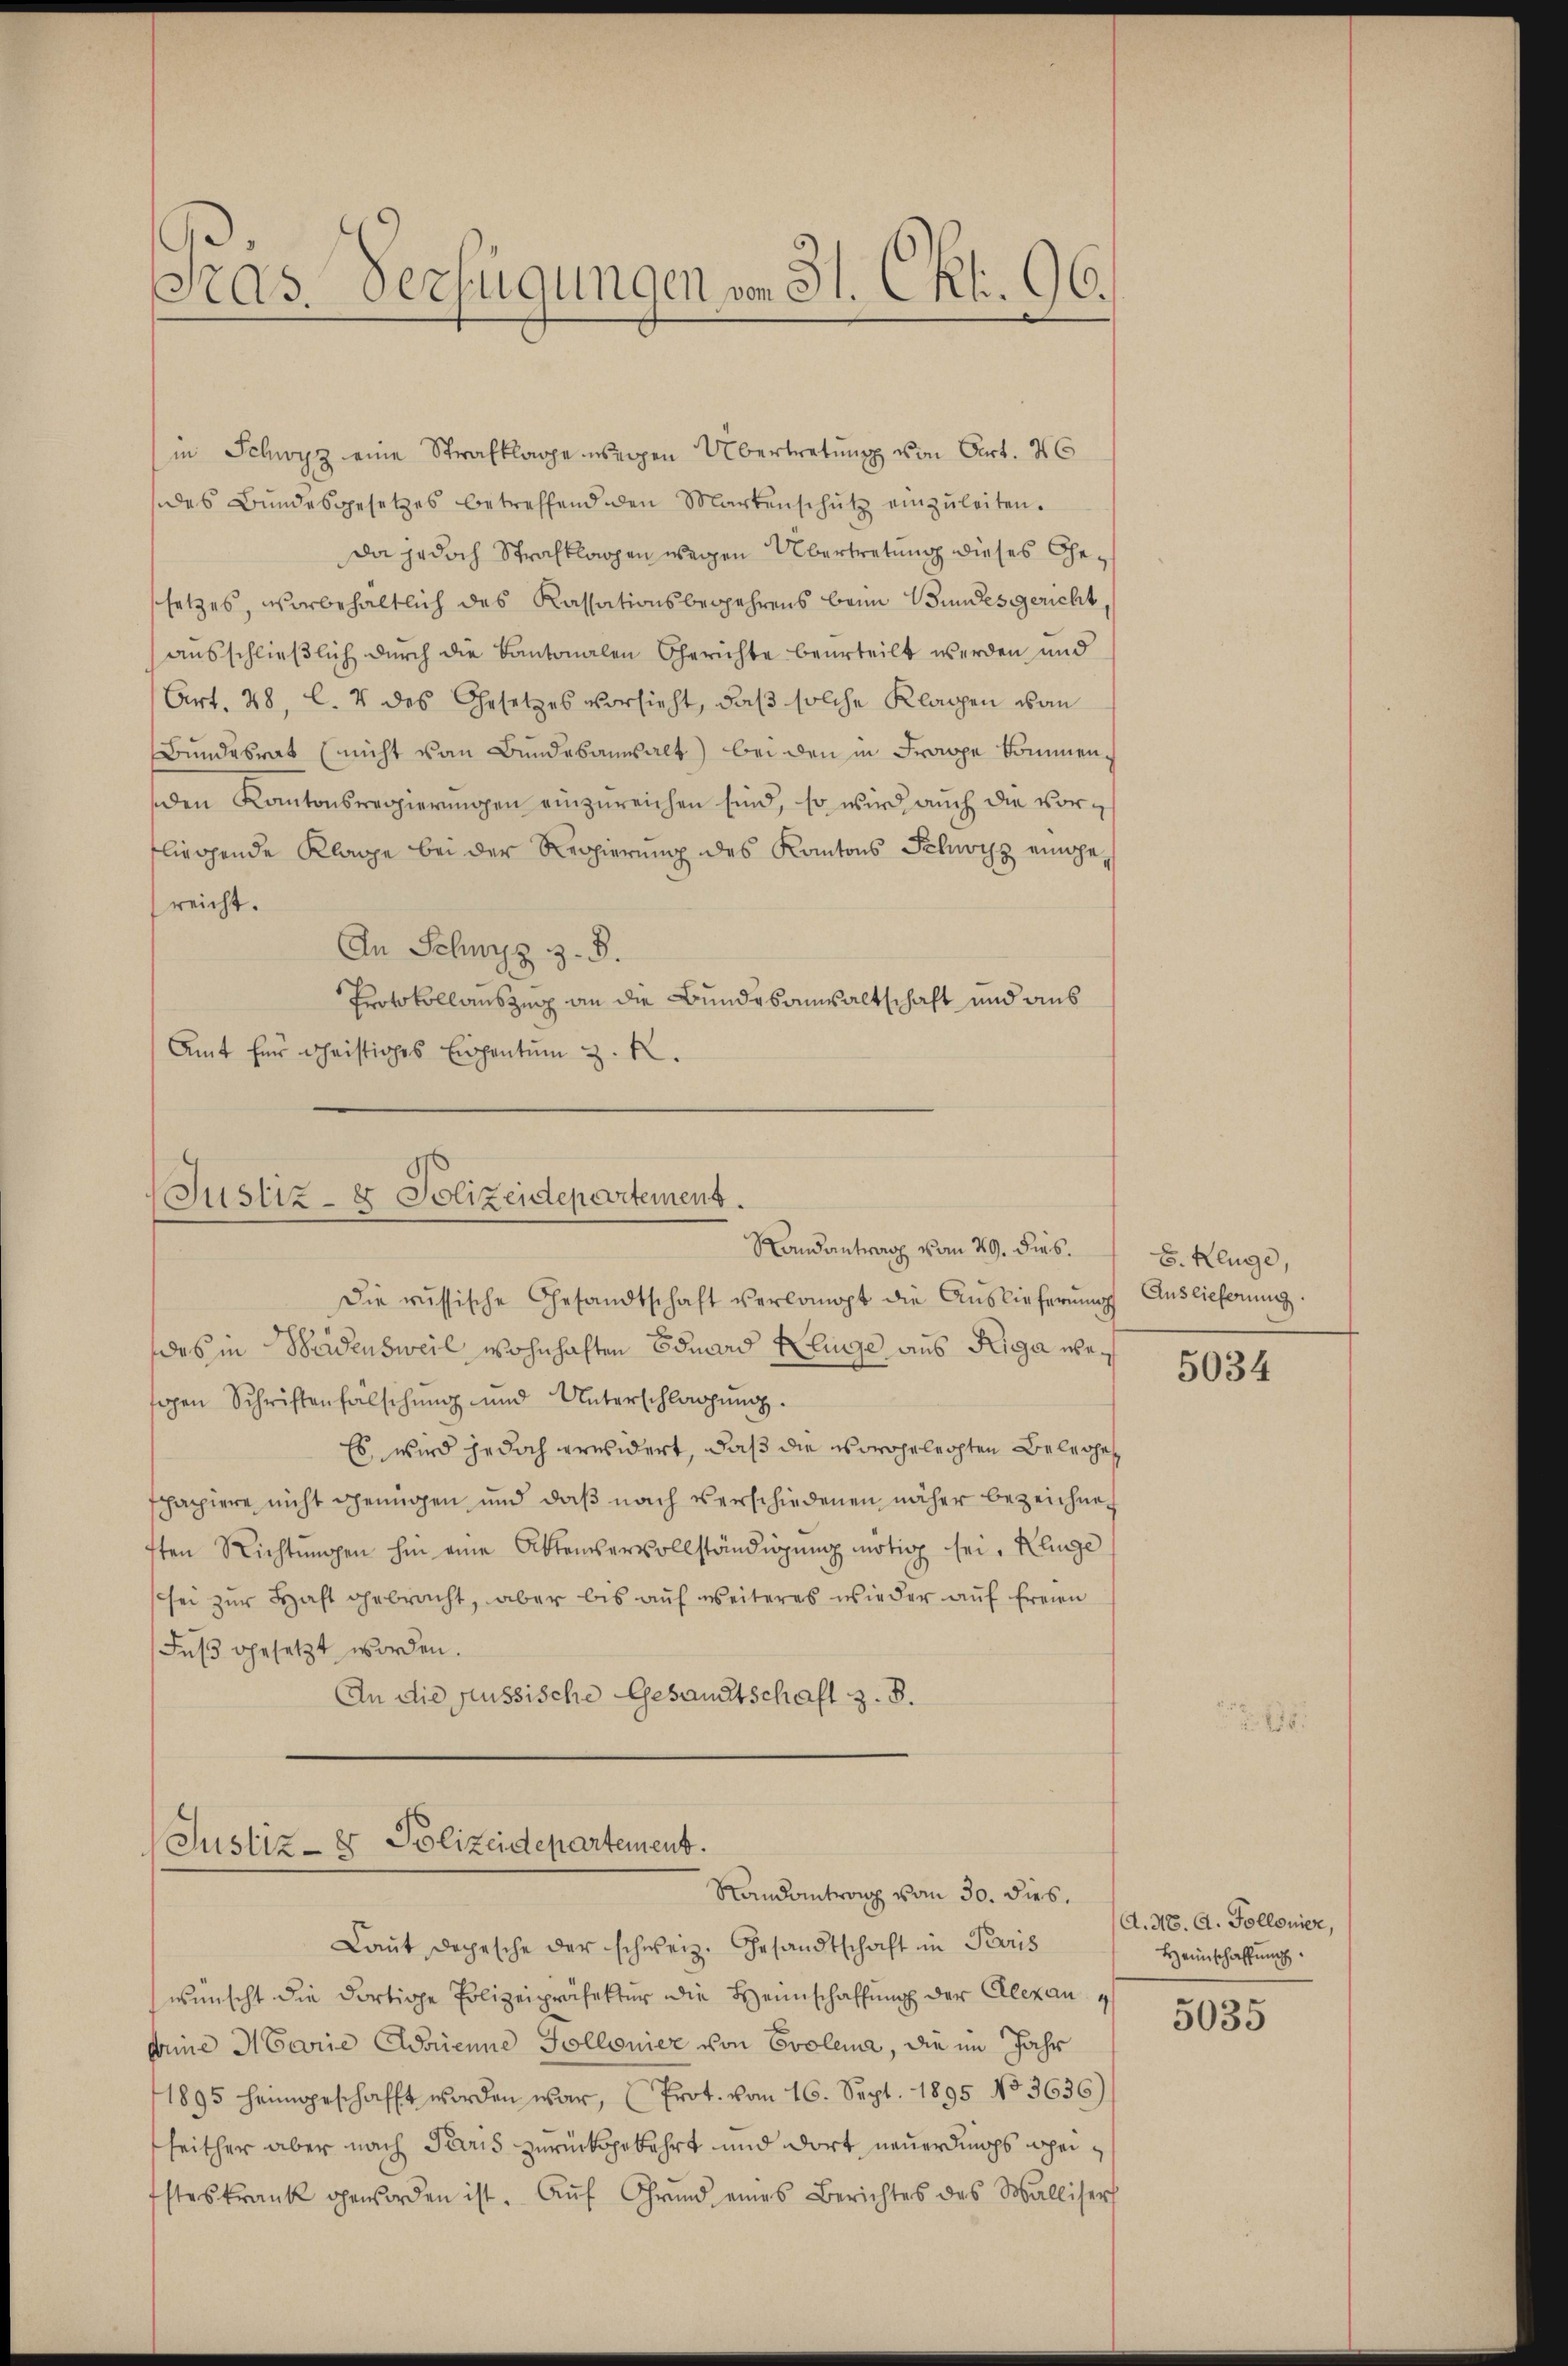
s
As. Verfügungen von 31. Okt. 96.

in Schwyz eine Strafklage wegen Übertretung von Art. 46
des Bŭndesgesetzes betreffend den Martenschütz einzŭleiten.
da jedoch Strafklagen wegen Übertretung dieses Gesetzes, vorbehaltlich des Kassationsbegehrens beim Bundesgericht
ausschließlich durch die Kantonalen Gerichte beurteilt werden und
Art. 48, l. 4 des Gesetzes vorsieht, daβ solche Klagen von
Bundesrat (nicht von Bundesanwalt) bei den in Frappe kommen.
den Kantonsregierungen einzureichen sind, so wird auch die vorfliegende Klage bei der Regierung des Kantons Schwyz eingereicht.
An Schwyz z. B.
Protokollauszug an die Bundesanwaltschaft und aus
Amt für Christiges Eigentum z. R.

Justiz- & Polizeidepartement.
Randantrag vom 29. dies.

Die russische Gesandtschaft verloopt die Aŭslieferŭng Auslieferung.
des in Badensweil wohnhaften Eduard Kluge aus Riga wen
sigen Schriftenfälschung und Unterschlagung.
Es wird jedoch erwidert, daß die vorgelechten Belege
spapiere nicht genügen und daß nach verschiedenen näher bezeichnen
tten Richtŭngen hin eine Aktenservollständigung nötig sei. Klinge
sei zur Haft gebracht, aber bis auf weiteres wieder auf freien
Fuß gesetzt worden.
An die Flüssische Gesandtschaft z. B.

Justiz- & Polizeidepartement.
Randantrag vom 30. dies.

Laut Depesche der schweiz. Gesandtschaft im Paris
wünscht die dortige Polizeipräfektur die Heimschaffung der Alexan
Arine Marie Adrienne Gollomer von Evolena, die im Jahr
1895 heimgeschafft worden war, (Prot. vom 16. Sept. 1895 No 3636)
heither aber nach Paris zurückgekehrt und dort neuerdings heisteskrank geworden ist. Aŭf Grŭnd eines Berichtes des Walliserh

8. Kluge,

5034

A. M. A. Follonier,
Heimschaffung.

5035